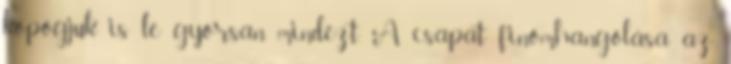
kopogjuk is le gyorsan mindezt. A csapat finomhangolása az